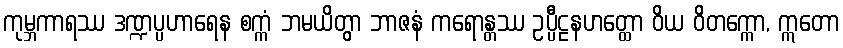
ကုမ္ဘကာရဿ ဒဏ္ဍပ္ပဟာရေန စက္ကံ ဘမယိတွာ ဘာဇနံ ကရောန္တဿ ဥပ္ပီဠနဟတ္ထော ဝိယ ဝိတက္ကော, ဣတော